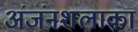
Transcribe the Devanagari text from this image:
अंजंनशलाका